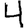
Digit: 4